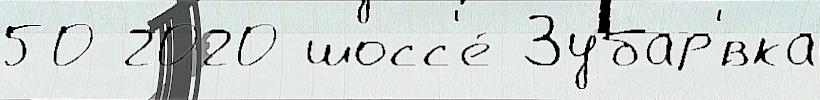
50 2020 шосс'е́ Зубар'́вка